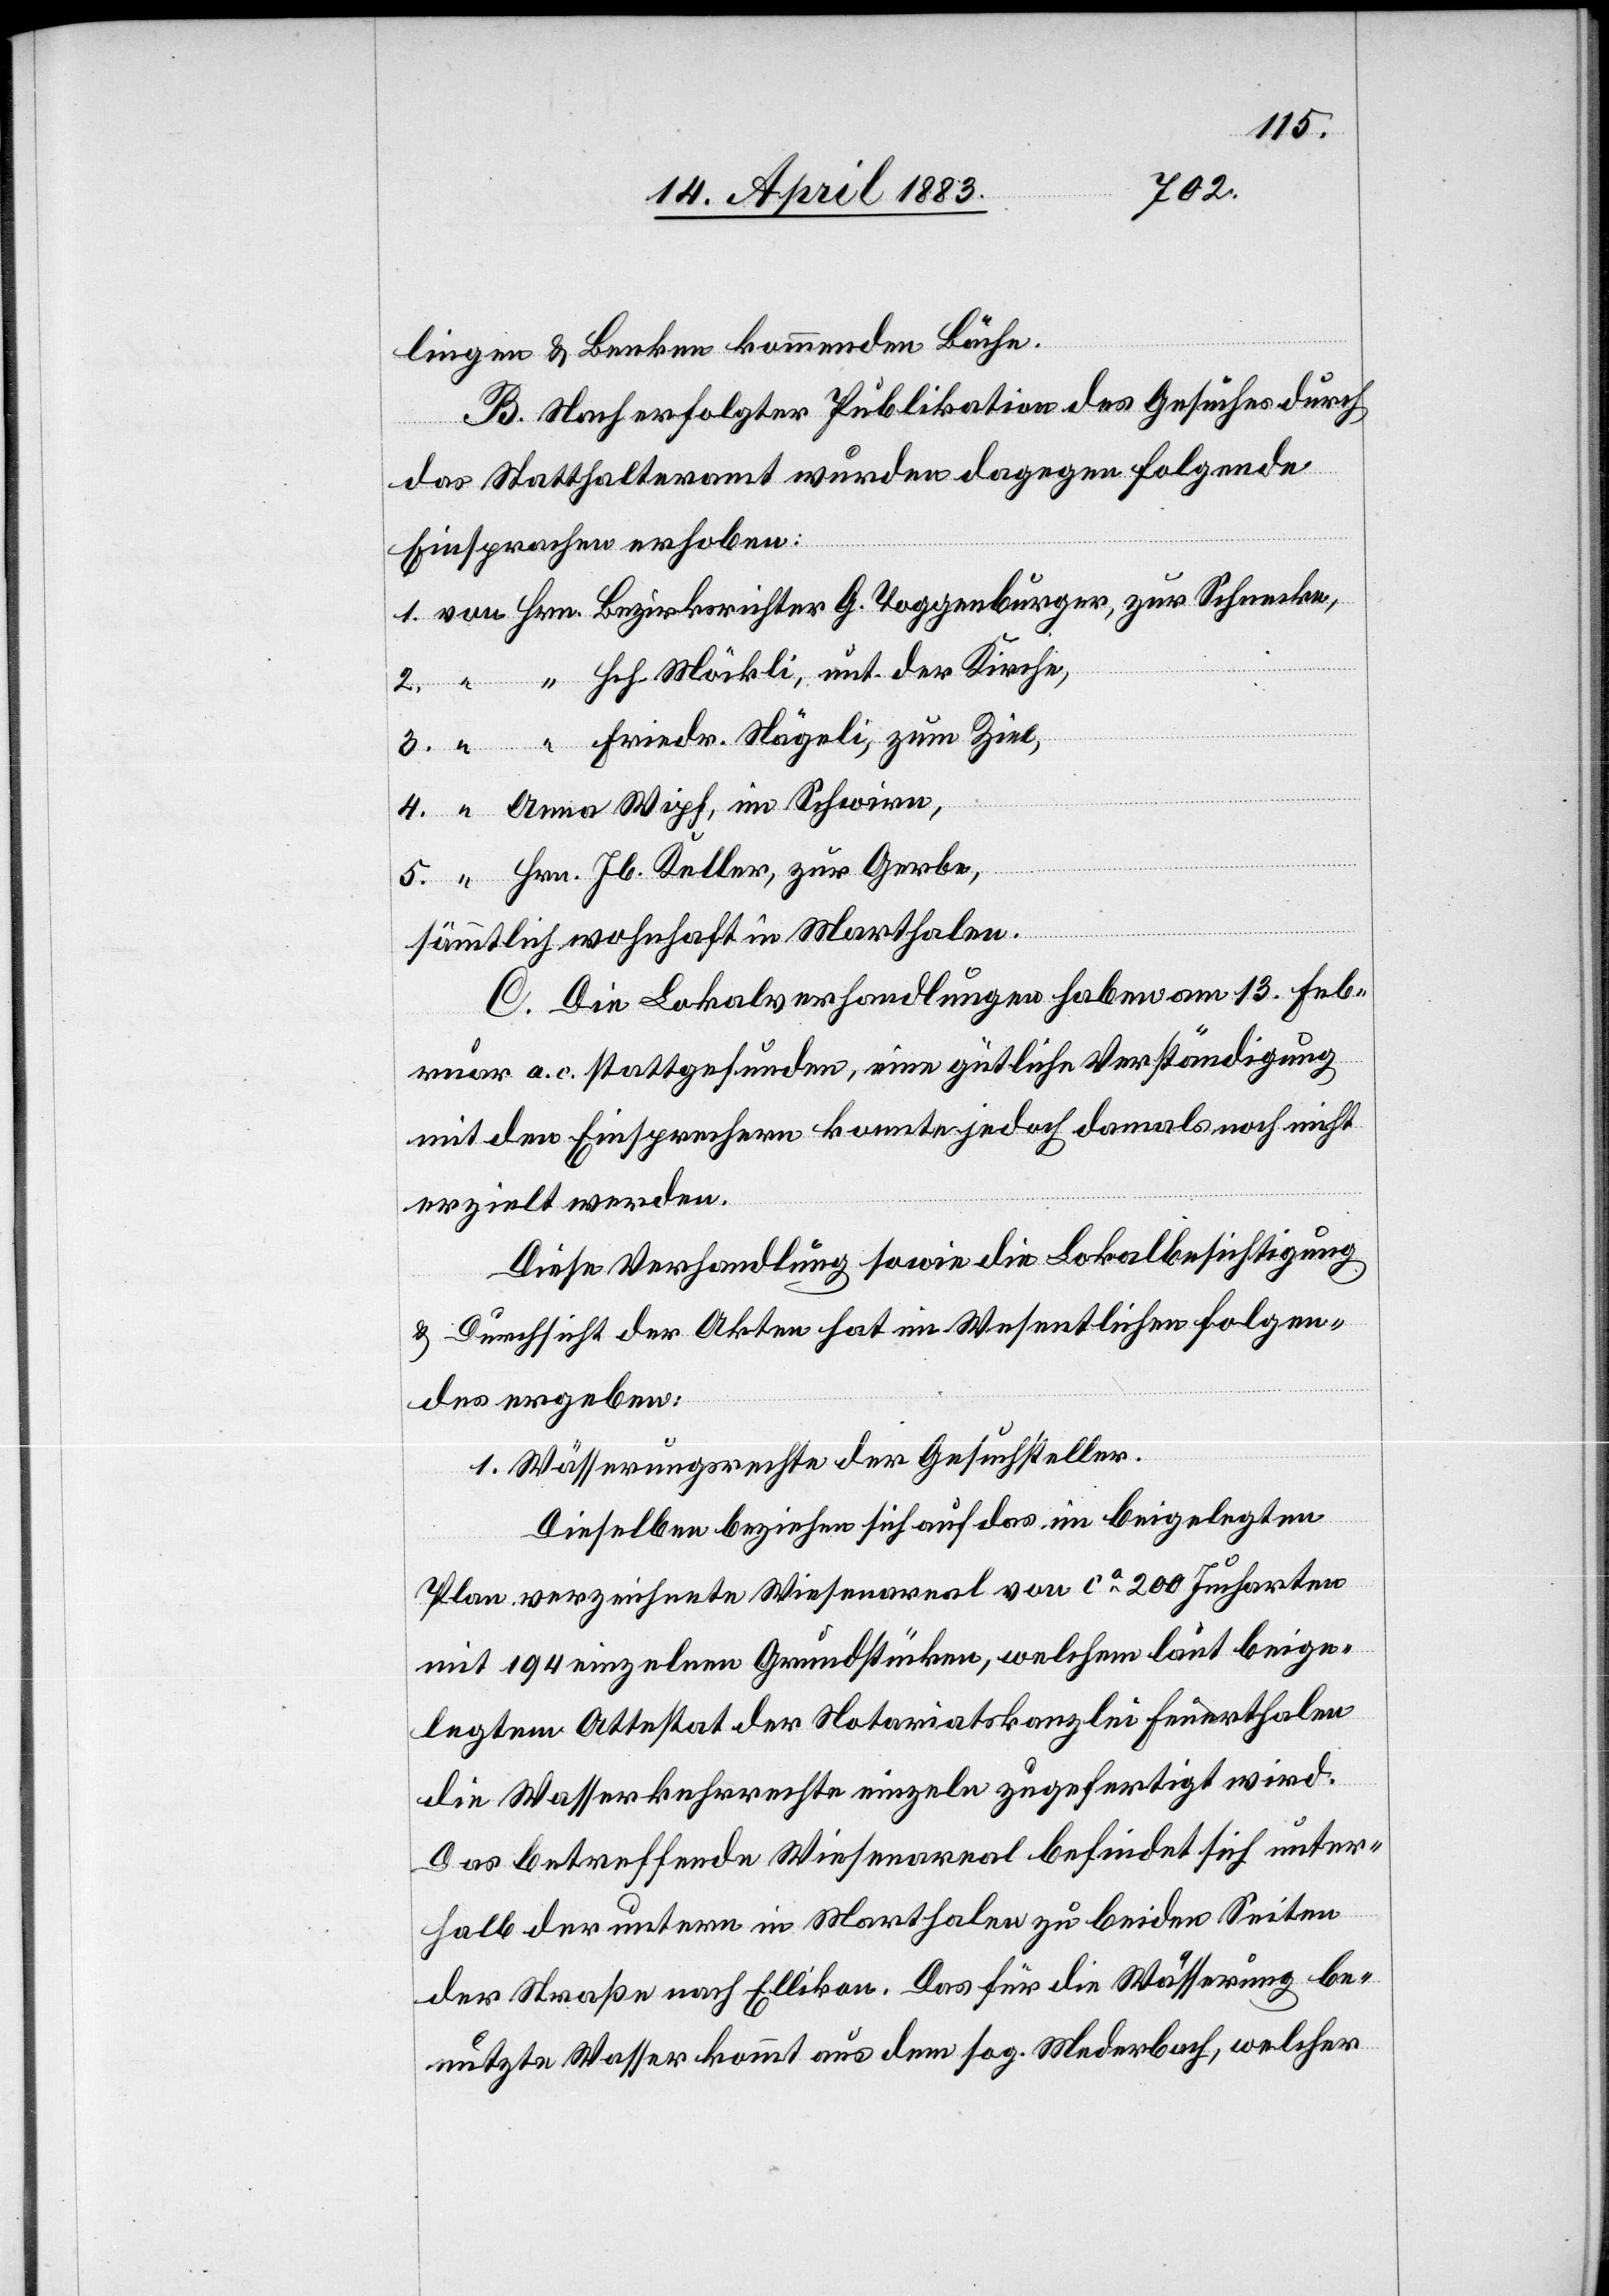
lingen & Benken kommenden Bäche.
B. Nach erfolgter Publikation des Gesuches durch
das Statthalteramt wurden dagegen folgende
Einsprachen erhoben:
1. von Hrn. Bezirksrichter G. Toggenburger, zur Schenke,
2. “ “ Hch. Möckli, unt. der Kirche,
3. “ “ Friedr. Nägeli, zum Ziel,
4. “ Anna Wipf, im Schwirn,
5. “ Hrn. Jb. Keller, zur Gerbe,
sämmtlich wohnhaft in Marthalen.
C. Die Lokalverhandlungen haben am 13. Feb¬
ruar a. c. stattgefunden, eine gütliche Verständigung
mit den Einsprechern konnte jedoch damals noch nicht
erzielt werden.
Diese Verhandlung sowie die Lokalbesichtigung
& Durchsicht der Akten hat im Wesentlichen Folgen¬
des ergeben:
1. Wässerungsrechte der Gesuchsteller.
Dieselben beziehen sich auf das im beigelegten
Plan verzeichnete Wiesenareal von ca 200 Jucharten
mit 194 einzelnen Grundstücken, welchem laut beige¬
legtem Attestat der Notariatskanzlei Feuerthalen
die Wasserkehrrechte einzeln zugefertigt wird.
Das betreffende Wiesenareal befindet sich unter¬
halb der untern in Marthalen zu beiden Seiten
der Straße nach Ellikon. [sic!] Das für die Wässerung be¬
nutzte Wasser kommt aus dem sog. Mederbach, welcher